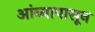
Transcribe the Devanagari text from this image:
आंब्यापासून